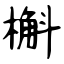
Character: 槲